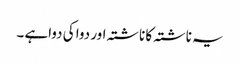
یہ ناشتہ کا ناشتہ اور دوا کی دواہے ۔